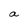
Character: a